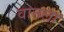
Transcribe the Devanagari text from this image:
वानला